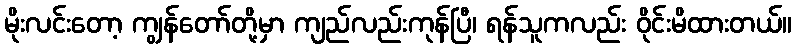
မိုးလင်းတော့ ကျွန်တော်တို့မှာ ကျည်လည်းကုန်ပြီ၊ ရန်သူကလည်း ဝိုင်းမိထားတယ်။